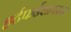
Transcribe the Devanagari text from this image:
हर्टफर्डशायरचा